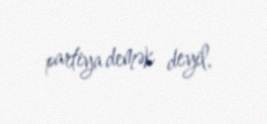
partiya demək deyil.